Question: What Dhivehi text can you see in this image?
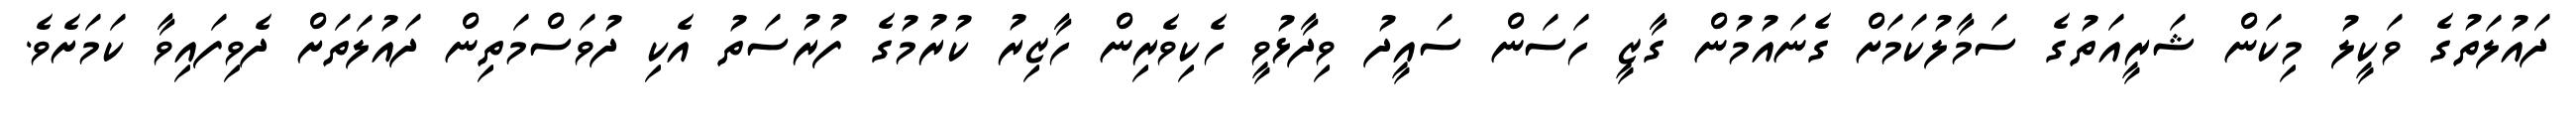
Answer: ދައުލަތުގެ ވަކީލު މިކަން ޝަރީއަތުގެ ސަމާލުކަމަށް ގެނައުމުން ގާޒީ ހަސަން ސައީދު ވިދާޅުވީ ހެކިވެރިން ހާޒިރު ކުރުމުގެ ފުރުސަތު އެކި ދުވަސްމަތިން ދައުލަތަށް ދެވިފައިވާ ކަމަށެވެ.